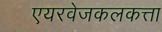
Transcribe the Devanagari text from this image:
एयरवेजकलकत्ता